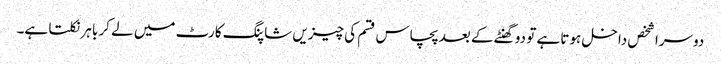
دوسرا شخص داخل ہوتا ہے تو دو گھنٹے کے بعد پچاس قسم کی چیزیں شاپنگ کارٹ میں لے کر باہر نکلتا ہے۔